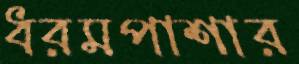
ধরমপাশার